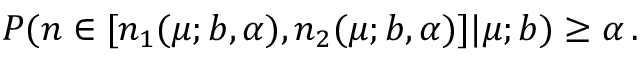
P ( n \in [ n _ { 1 } ( \mu ; b , \alpha ) , n _ { 2 } ( \mu ; b , \alpha ) ] | \mu ; b ) \geq \alpha \, .